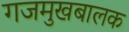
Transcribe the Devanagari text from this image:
गजमुखबालक